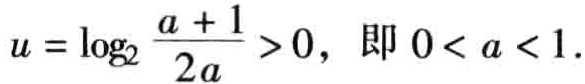
\(u = \log_2\frac{a + 1}{2a} > 0，即 0 < a < 1.\)